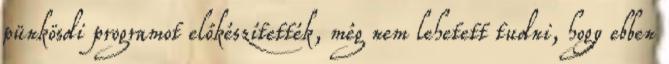
pünkösdi programot előkészítették, még nem lehetett tudni, hogy ebben